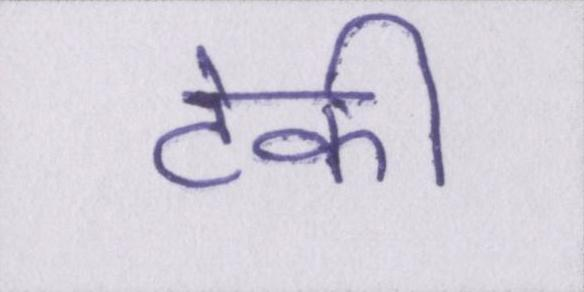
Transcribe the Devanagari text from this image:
टेकी